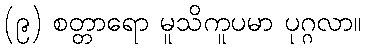
(၉) စတ္တာရော မူသိကူပမာ ပုဂ္ဂလာ။